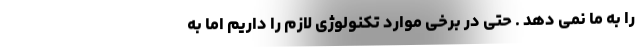
را به ما نمی دهد . حتی در برخی موارد تکنولوژی لازم را داریم اما به